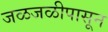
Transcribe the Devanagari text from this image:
जळजळीपासून